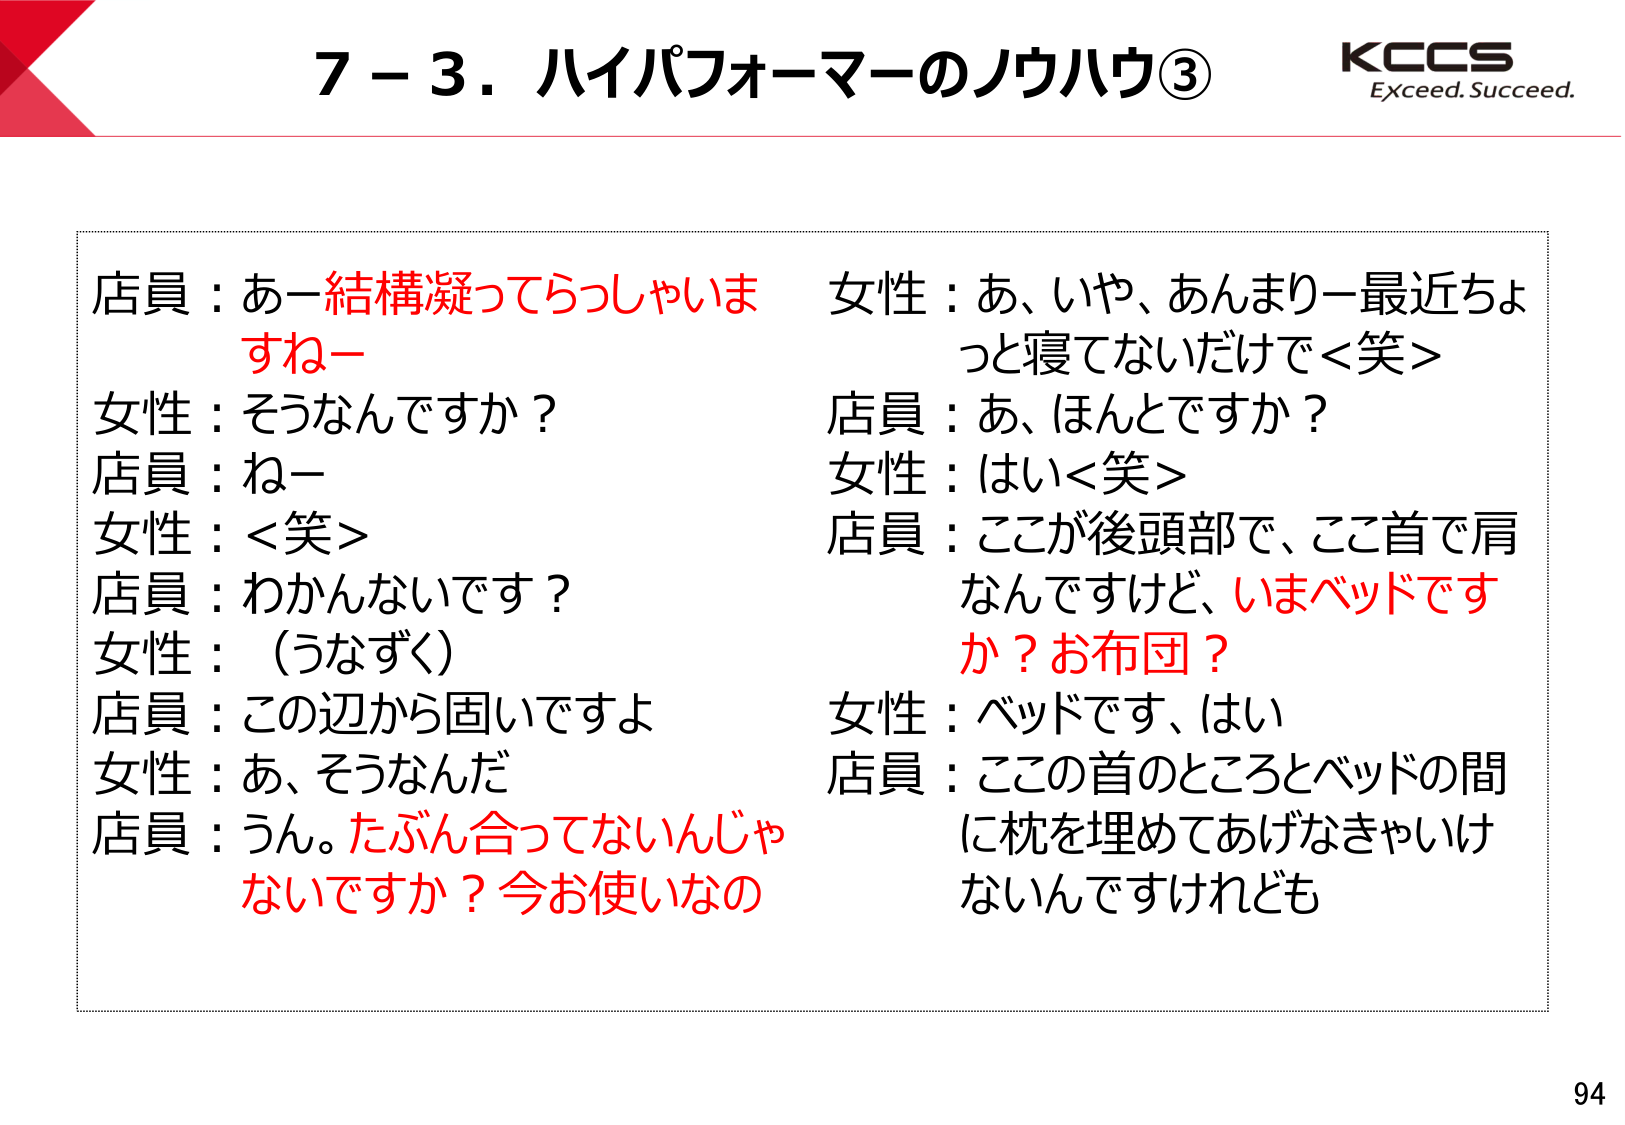
7－3．ハイパフォーマーのノウハウ③
KCCS
Exceed. Succeed.

店員：あー結構凝ってらっしゃいますねー
女性：そうなんですか？
店員：ねー
女性：<笑>
店員：わかんないです？
女性：（うなずく）
店員：この辺から固いですよ
女性：あ、そうなんだ
店員：うん。たぶん合ってないんじゃないですか？今お使いなの

女性：あ、いや、あんまりー最近ちょっと寝てないだけで<笑>
店員：あ、ほんとですか？
女性：はい<笑>
店員：ここが後頭部で、ここ首で肩なんですけど、いまベッドですか？お布団？
女性：ベッドです、はい
店員：ここの首のところとベッドの間に枕を埋めてあげなきゃいけないんですけども

94